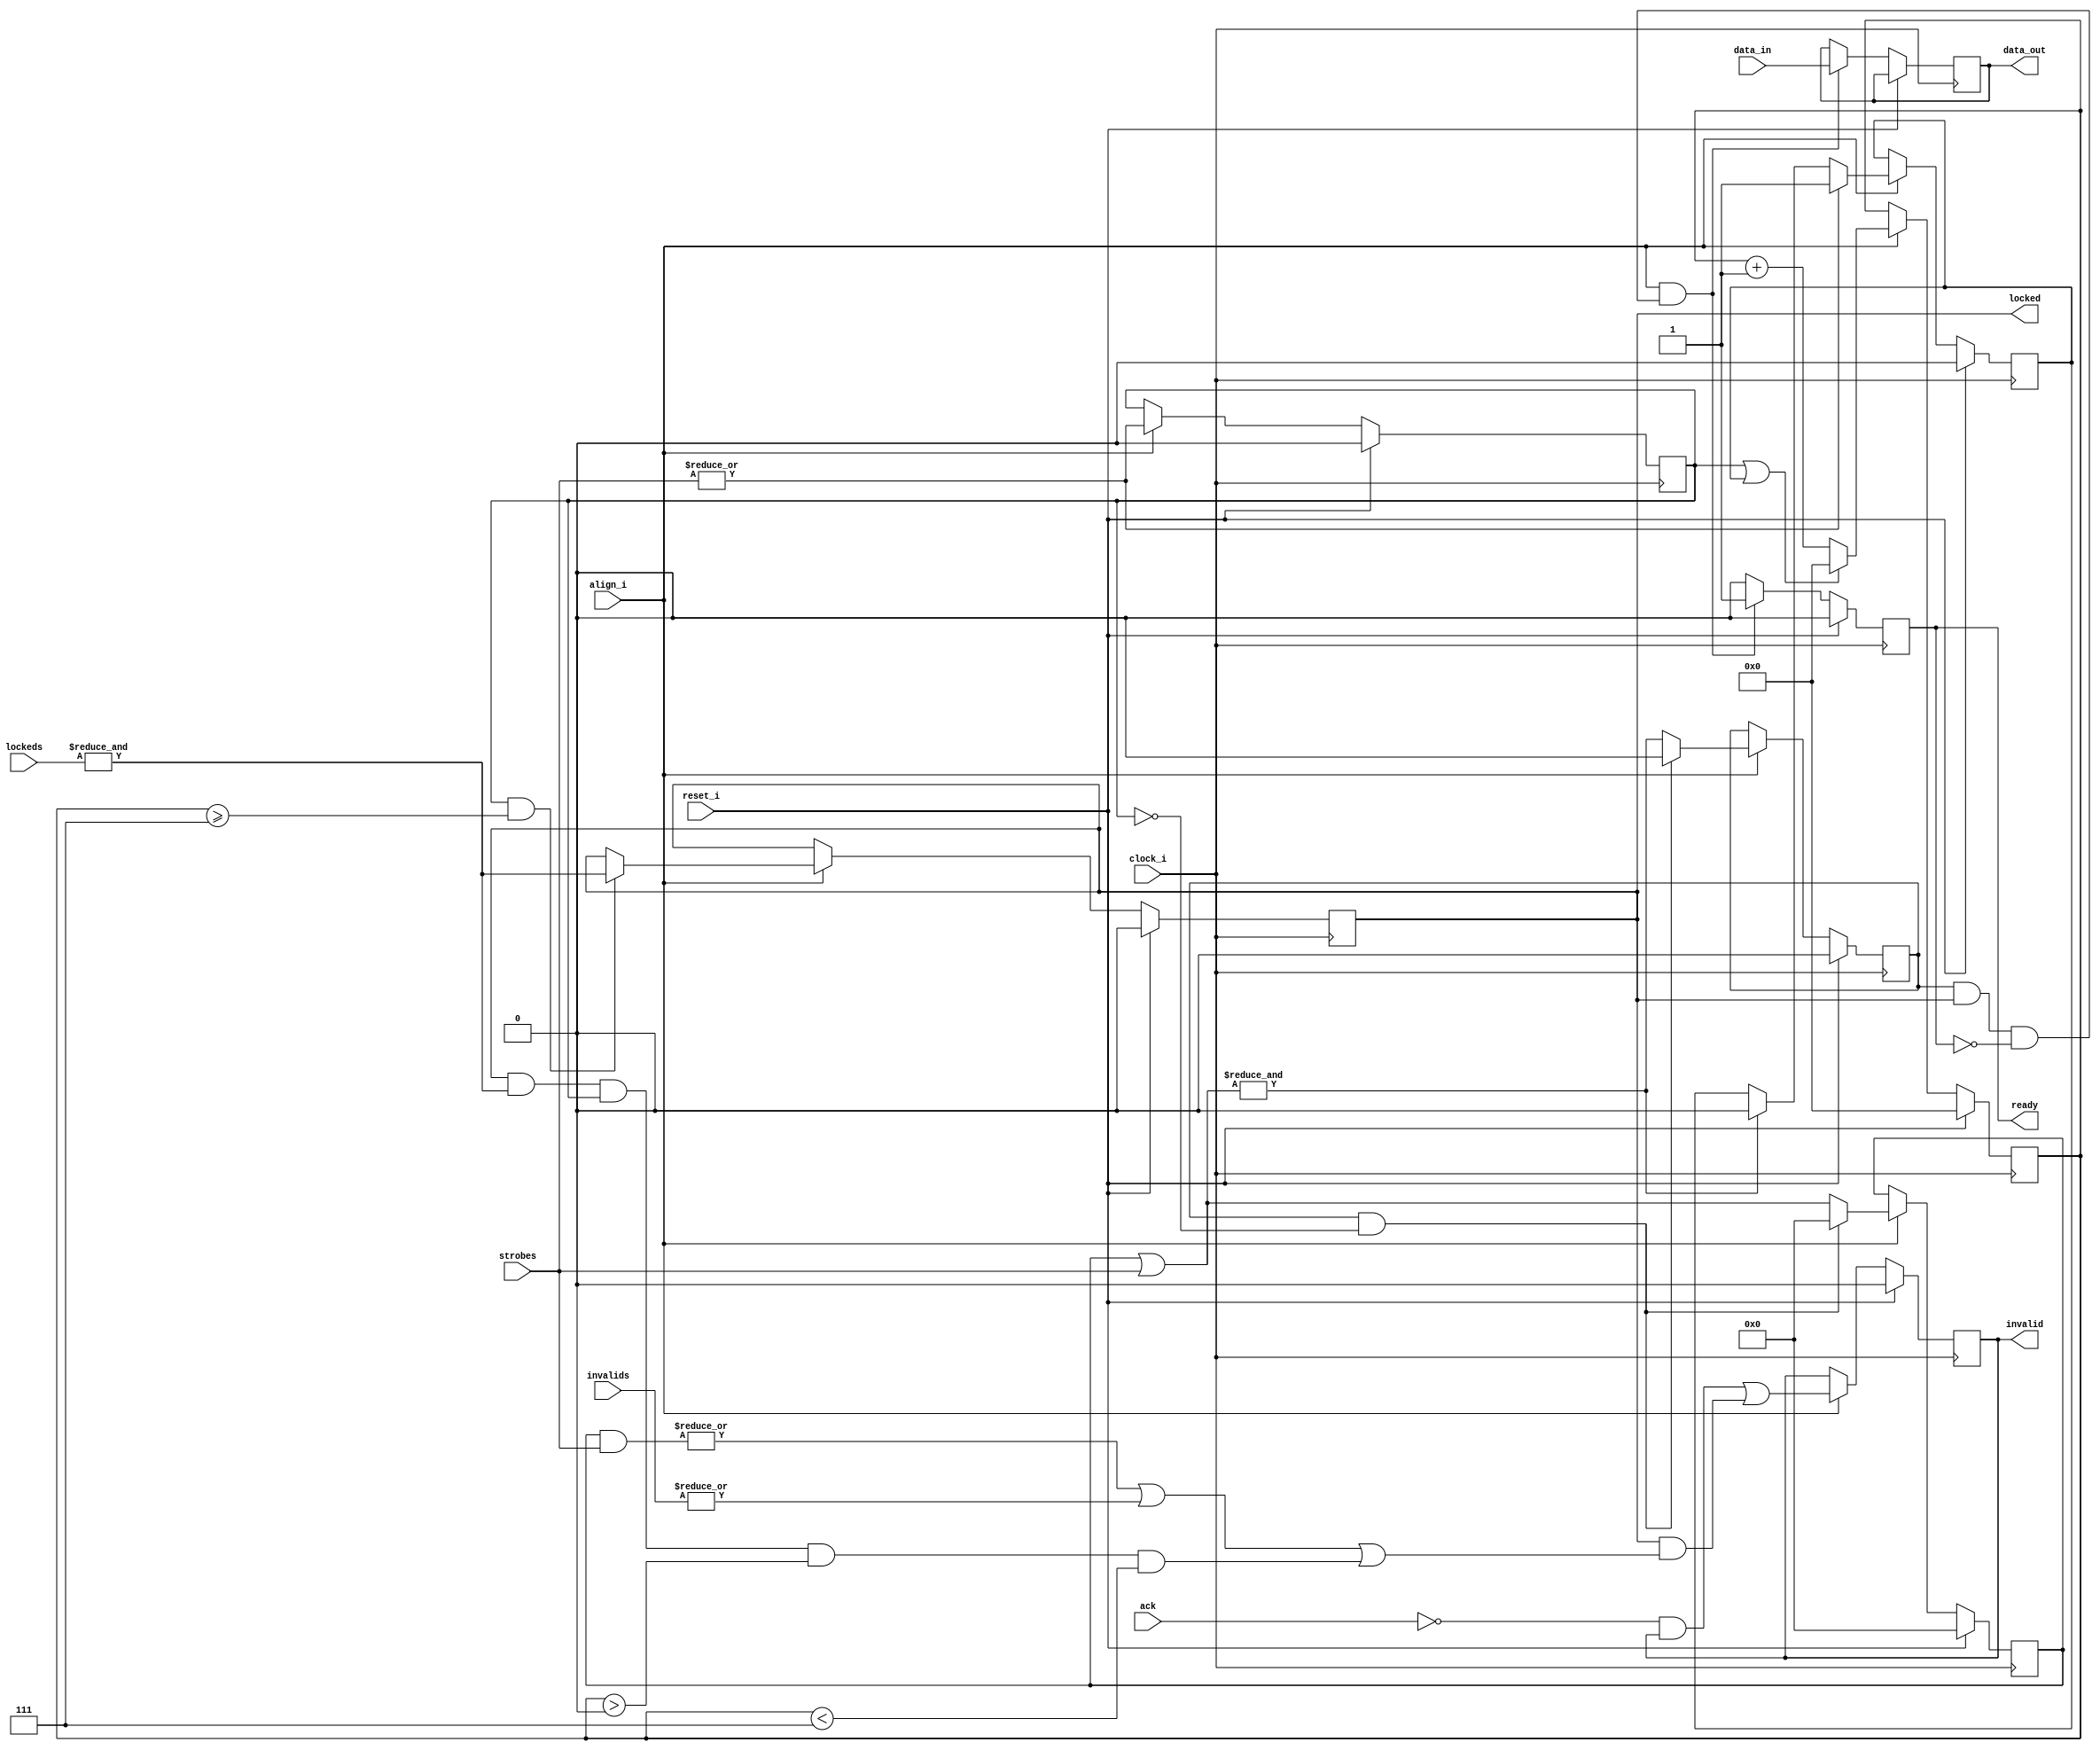
`timescale 1ns/100ps
/*
 * Module      : verilog/capture/align_captures.v
 * Copyright   : (C) Tim Molteno     2016
 *             : (C) Max Scheel      2016
 *             : (C) Patrick Suggate 2016
 * License     : LGPL3
 * 
 * Maintainer  : Patrick Suggate <patrick.suggate@gmail.com>
 * Stability   : Experimental
 * Portability : only tested with a Papilio board (Xilinx Spartan 6)
 * 
 * 
 * This file is part of TART.
 * 
 * TART is free software: you can redistribute it and/or modify it under the
 * terms of the GNU Lesser Public License as published by the Free Software
 * Foundation, either version 3 of the License, or (at your option) any later
 * version.
 * 
 * TART is distributed in the hope that it will be useful, but WITHOUT ANY
 * WARRANTY; without even the implied warranty of MERCHANTABILITY or FITNESS
 * FOR A PARTICULAR PURPOSE.  See the GNU Lesser Public License for more
 * details.
 * 
 * You should have received a copy of the GNU Lesser Public License along with
 * TART.  If not, see <http://www.gnu.org/licenses/>.
 * 
 * 
 * Description:
 * Aligns a set of super-sampled signals, each with varying delay.
 * 
 * Data from multiple, independent sources can vary in phase, but if the data
 * is assumed to have total phase differences of less than half of a sample-
 * period, then it is possible to determine the common alignments of all the
 * signals.
 * 
 * NOTE:
 *  + has only been tested with 'RATIO == 12';
 *  + assumes that each `data_in[i]` remains constant until its next strobe;
 *  + the supersampling clock is assumed to be synchronous with the data
 *    clock;
 * 
 * TODO:
 *  + window sizes for invalid calculations;
 *  + clearing and counting assertions of `invalid`;
 * 
 */

module align_captures
  #( parameter WIDTH = 24,
     parameter MSB   = WIDTH-1,
     parameter RATIO = 12,
     parameter RBITS = 4,
     parameter RSB   = RBITS-1,
     parameter HALF  = RATIO>>1,
     parameter CLEAR = HALF+1,
     parameter VALID = HALF-1,
     parameter DELAY = 3)
   (
    input              clock_i,
    input              reset_i,
    input              align_i,

    input [MSB:0]      data_in,
    input [MSB:0]      strobes,
    input [MSB:0]      lockeds,
    input [MSB:0]      invalids,

    output reg [MSB:0] data_out,
    output reg         ready = 1'b0,
    output reg         locked = 1'b0,
    output reg         invalid = 1'b0,
    input              ack
    );

   reg [RSB:0]         count = {RBITS{1'b0}}, clear = {RBITS{1'b0}};
   reg                 strobe = 1'b0, window = 1'b0;
   reg [MSB:0]         strobes_reg = {RBITS{1'b0}};
   reg                 strobes_all = 1'b0;
   wire [MSB:0]        acc_w;
   wire                end_w, lkd_w, stb_w, vld_w, rdy_w;

   //  Error signals.
   wire has_overlaps, invalid_input, too_much_spread, capture_error;


   //-------------------------------------------------------------------------
   //  Internal, combinational conditionals.
   //-------------------------------------------------------------------------
   assign vld_w = strobe && clear >= CLEAR;
   assign rdy_w = strobes_all && locked && !ready;
   assign stb_w = |strobes;
   assign lkd_w = &lockeds;

   //  Accumulates the ready-strobes, until all signals are ready.
   assign acc_w = strobes_reg | strobes;
   assign end_w = &acc_w;

   //-------------------------------------------------------------------------
   //  Assert `invalid` whenever behaviour falls outside of:
   //   1) all 24 strobes arrive within 5 cycles;
   //   2) this is followed by at least 7 cycles of no strobes; and
   //   3) all signals remain locked.
   //-------------------------------------------------------------------------
   assign has_overlaps    = |(strobes_reg & strobes); // strobed twice?
   assign invalid_input   = |invalids;
   assign too_much_spread = locked && lkd_w && strobe && clear > 0 && clear < CLEAR;
   assign capture_error   = has_overlaps || invalid_input || too_much_spread;


   //-------------------------------------------------------------------------
   //  Track the arrivals of all strobes.
   //-------------------------------------------------------------------------
   // Pipeline the strobe 24-bit OR gate.
   always @(posedge clock_i)
     if (reset_i)
       strobe <= #DELAY 1'b0;
     else if (align_i)
       strobe <= #DELAY stb_w;
     else
       strobe <= #DELAY strobe;

   // A window ends once all strobes have arrived.
   always @(posedge clock_i)
     if (reset_i) begin
        strobes_reg <= #DELAY {RBITS{1'b0}};
        strobes_all <= #DELAY 1'b0;
     end
     else if (align_i) begin
        if (strobes_all && !strobe) begin
           strobes_reg <= #DELAY {RBITS{1'b0}};
           strobes_all <= #DELAY 1'b0;
        end
        else begin
           strobes_reg <= #DELAY acc_w;
           strobes_all <= #DELAY end_w;
        end
     end

   //-------------------------------------------------------------------------
   //  An acquisition window begins with any strobe, and ends once all have
   //  been received.
   //-------------------------------------------------------------------------
   always @(posedge clock_i)
     if (reset_i)
       window <= #DELAY 1'b0;
     else if (align_i) begin
        if (stb_w)
          window <= #DELAY 1'b1;
        else if (end_w)
          window <= #DELAY 1'b0;
        else
          window <= #DELAY window;
     end

   //-------------------------------------------------------------------------
   //  Count the number of clock-ticks for a capture-period, and for the case
   //  without any data arriving.
   //-------------------------------------------------------------------------
   always @(posedge clock_i)
     if (reset_i)
       count <= #DELAY {RBITS{1'b0}};
     else if (align_i) begin
        if (!window && strobe)
          count <= #DELAY {RBITS{1'b0}};
        else
          count <= #DELAY count + 1;
     end

   always @(posedge clock_i)
     if (reset_i)
       clear <= #DELAY {RBITS{1'b0}};
     else if (align_i)
       clear <= #DELAY strobe || window ? {RBITS{1'b0}} : clear + 1 ;
     else
       clear <= #DELAY clear;


   //-------------------------------------------------------------------------
   //  Acquisition is locked if aligned.
   //-------------------------------------------------------------------------
   always @(posedge clock_i)
     if (reset_i)
       locked <= #DELAY 1'b0;
     else if (align_i)
       locked <= #DELAY vld_w ? lkd_w : locked ;
     else
       locked <= #DELAY locked;


   //-------------------------------------------------------------------------
   //  Present the captured & aligned data.
   //-------------------------------------------------------------------------
   always @(posedge clock_i)
     if (reset_i)
       ready     <= #DELAY 1'b0;
     else if (align_i && rdy_w) begin
        ready    <= #DELAY 1'b1;
        data_out <= #DELAY data_in;
     end
     else
       ready <= #DELAY 1'b0;

   // TODO:
   always @(posedge clock_i)
     if (reset_i)
       invalid <= #DELAY 1'b0;
     else if (align_i)
       invalid <= #DELAY !ack && invalid || locked && capture_error;
     else
       invalid <= #DELAY invalid;


endmodule // align_captures